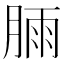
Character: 𣍾